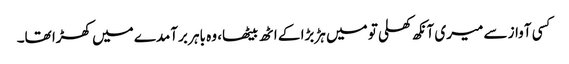
کسی آواز سے میری آنکھ کھلی تو میں ہڑبڑا کے اٹھ بیٹھا، وہ باہر برآمدے میں کھڑا تھا۔